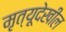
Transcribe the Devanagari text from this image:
मृत्यूदेखील